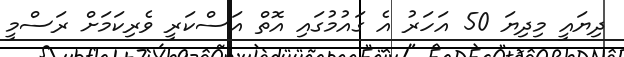
ދިޔައީ މިދިޔަ 50 އަހަރު އެ ގައުމުގައި އޮތް އަސްކަރީ ވެރިކަމަށް ރަސްމީ